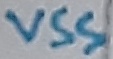
Text: VSS